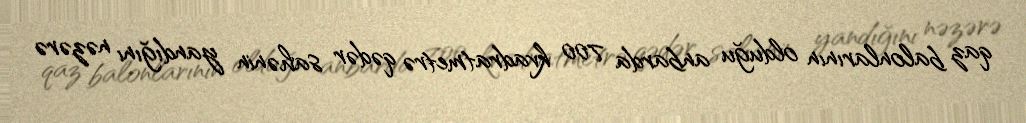
qaz balonlarının olduğu anbarda 700 kvadratmetrə qədər sahənin yandığını nəzərə